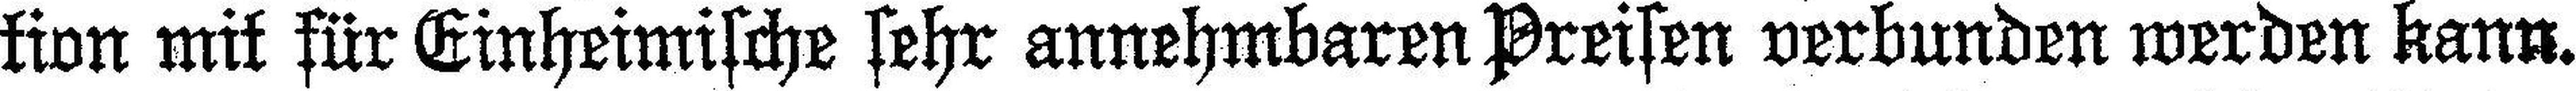
tion mit für Einheimische sehr annehmbaren Preisen verbunden werden kann.